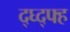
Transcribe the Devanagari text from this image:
द्घ्द्फ्ह